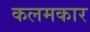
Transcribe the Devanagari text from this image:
कलमकार